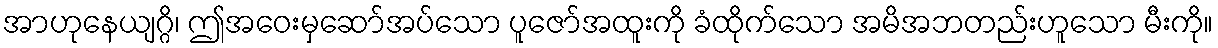
အာဟုနေယျဂ္ဂိ၊ ဤအဝေးမှဆော်အပ်သော ပူဇော်အထူးကို ခံထိုက်သော အမိအဘတည်းဟူသော မီးကို။